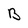
Character: B